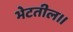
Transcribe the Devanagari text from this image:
भेटतील॥